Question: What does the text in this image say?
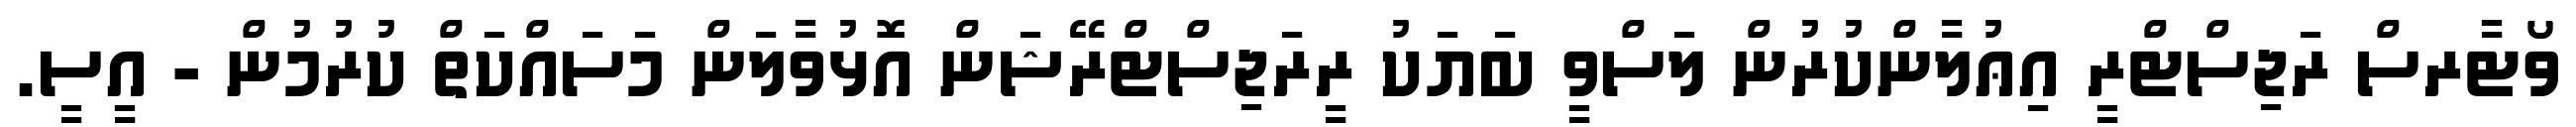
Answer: ވޯޓާރސް ރަޖިސްޓްރީ އިޢުލާންކުރުން ލަސްވީ ބަޔަކު ރީރަޖިސްޓްރޭޝަން އޮޅުވާލަން މަސައްކަތް ކުރުމުން - އީސީ.